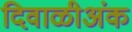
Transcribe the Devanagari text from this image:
दिवाळीअंक